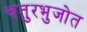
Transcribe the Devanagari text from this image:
चतुरभुजोत